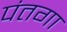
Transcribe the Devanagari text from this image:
पंतगा